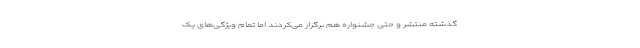
گذشته منتشر و حتی جشنواره هم برگزار می‌کردند اما تمام ویژگی‌های یک